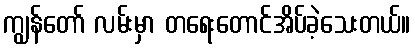
ကျွန်တော် လမ်းမှာ တရေးတောင်အိပ်ခဲ့သေးတယ်။